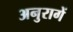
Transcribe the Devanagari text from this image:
अनुरागें